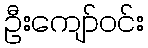
ဦးကျော်ဝင်း